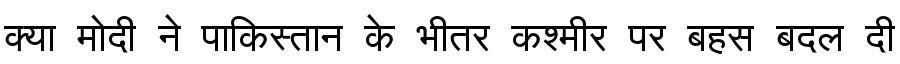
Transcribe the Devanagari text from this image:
क्या मोदी ने पाकिस्तान के भीतर कश्मीर पर बहस बदल दी